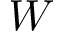
W